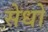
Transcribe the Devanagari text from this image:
सेधो